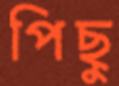
পিছু